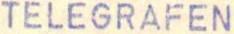
LENNÄTIN